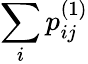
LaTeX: \sum_{i}p_{ij}^{(1)}